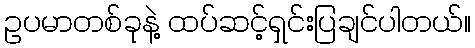
ဥပမာတစ်ခုနဲ့ ထပ်ဆင့်ရှင်းပြချင်ပါတယ်။